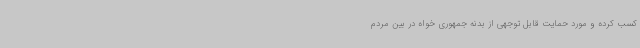
کسب کرده و مورد حمایت قابل توجهی از بدنه جمهوری خواه در بین مردم